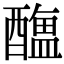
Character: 𨣎